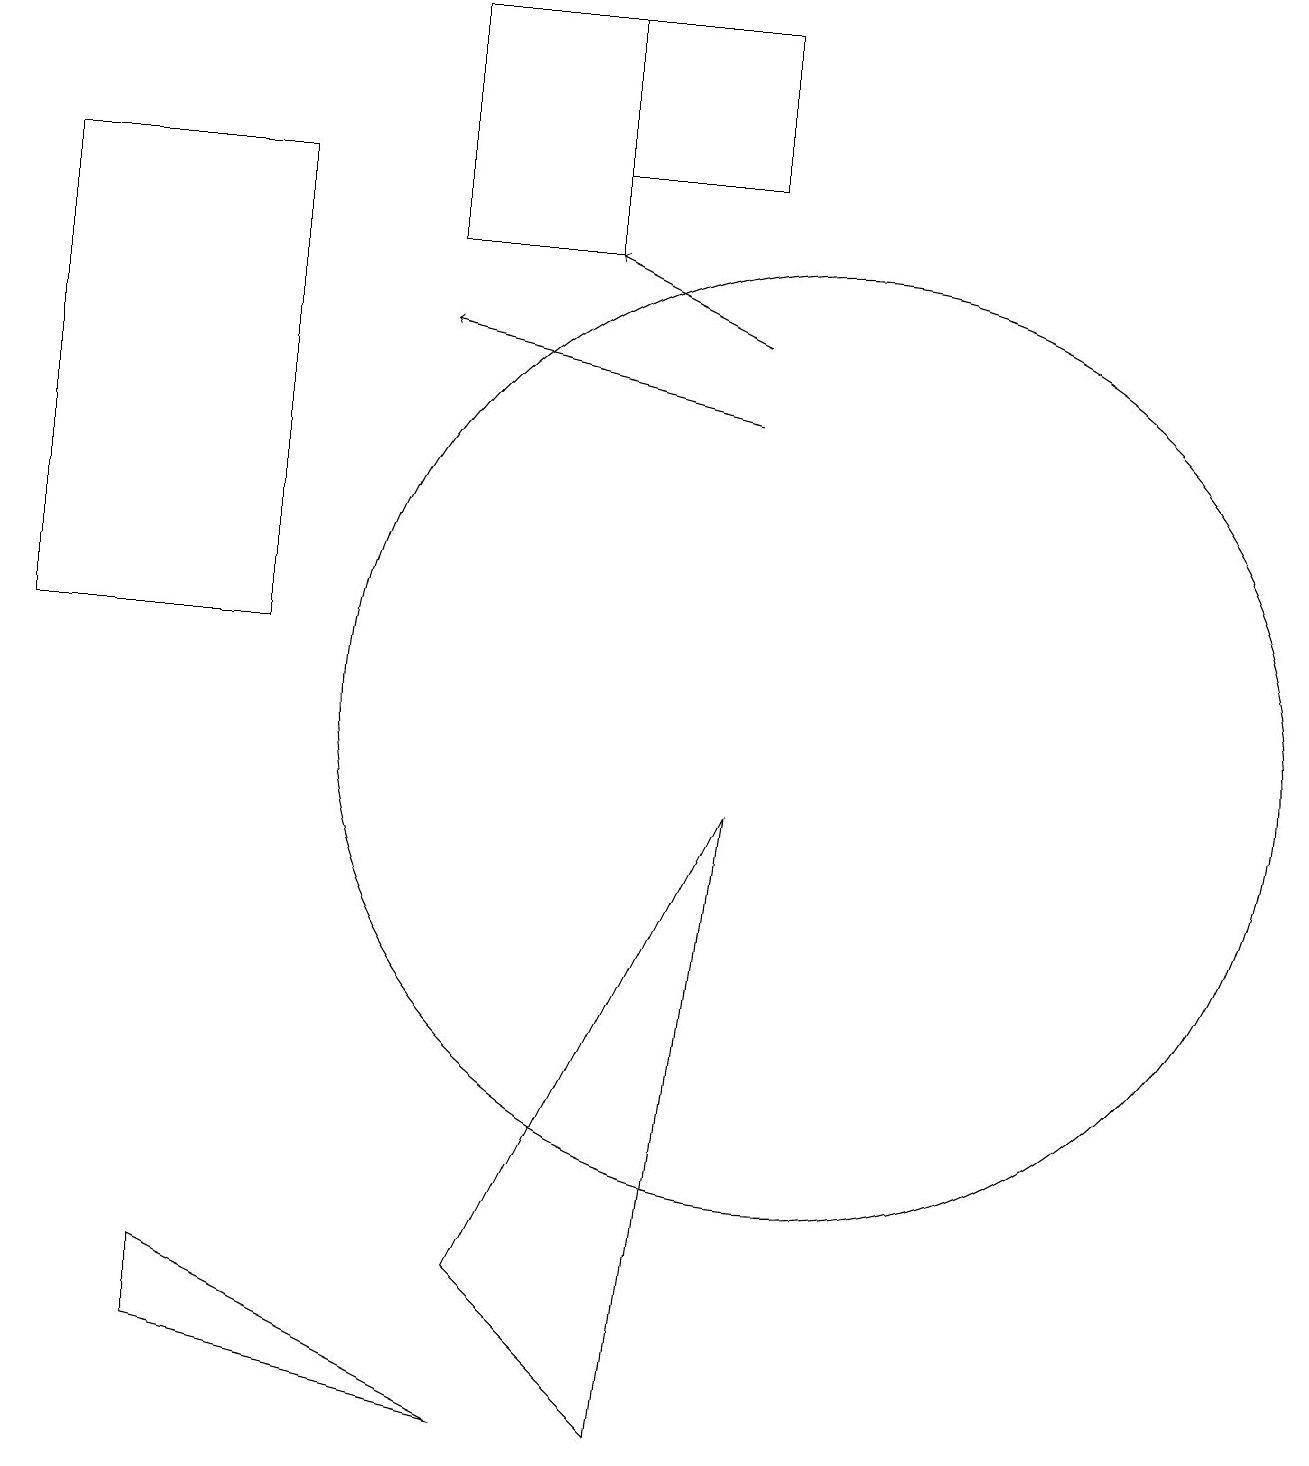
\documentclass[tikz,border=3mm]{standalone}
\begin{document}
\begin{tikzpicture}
\draw[->] (9,14) -- (5,15);
\draw[->] (9,15) -- (7,16);
\draw (0,17) rectangle (3,11);
\draw (2,2) -- (2,3) -- (6,1) -- cycle;
\draw (10,10) circle (6);
\draw (8,1) -- (9,9) -- (6,3) -- cycle;
\draw (7,19) rectangle (5,16);
\draw (9,17) rectangle (7,19);
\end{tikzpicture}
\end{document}